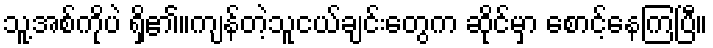
သူ့အစ်ကိုပဲ ရှိ၏။ကျန်တဲ့သူငယ်ချင်းတွေက ဆိုင်မှာ စောင့်နေကြပြီ။